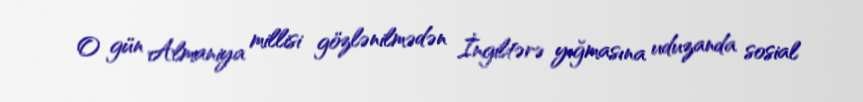
O gün Almaniya millisi gözlənilmədən İngiltərə yığmasına uduzanda sosial